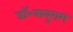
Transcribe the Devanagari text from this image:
डॉ॰बाबूराम